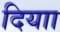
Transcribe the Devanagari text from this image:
दियाा